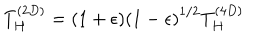
T _ { H } ^ { ( 2 D ) } = ( 1 + \epsilon ) { ( 1 - \epsilon ) } ^ { 1 / 2 } T _ { H } ^ { ( 4 D ) }